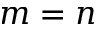
m = n